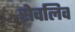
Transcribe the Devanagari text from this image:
सेवलिव